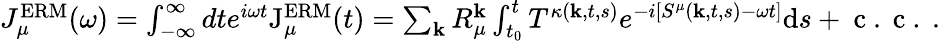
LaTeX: \begin{array}{r}{J_{\mu}^{\mathrm{ERM}}(\omega)=\int_{-\infty}^{\infty}dte^{i\omega t}\mathrm{J}_{\mu}^{\mathrm{ERM}}(t)=\sum_{\mathbf{k}}R_{\mu}^{\mathbf{k}}\int_{t_{0}}^{t}T^{\kappa(\textbf{k},t,s)}e^{-i\left[S^{\mu}(\mathbf{k},t,s)-\omega t\right]}\mathrm{d}s+\mathrm{~c~.~c~.~}.}\end{array}